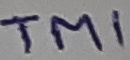
Text: TM1